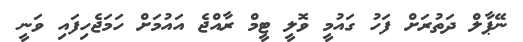
ނޭޕާލް ދަތުރަށް ފަހު ގައުމީ ވޮލީ ޓީމް ރާއްޖެ އައުމަށް ހަމަޖެހިފައި ވަނީ